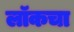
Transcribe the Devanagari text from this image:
लॉकचा